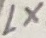
Text: LX